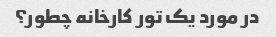
در مورد یک تور کارخانه چطور؟